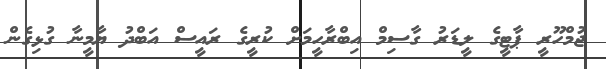
ޖުމްހޫރީ ޕާޓީގެ ލީޑަރު ގާސިމް އިބްރާހީމަށް ކުރީގެ ރައީސް އަބްދު ޔާމީނާ ގުޅިގެން